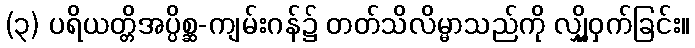
(၃) ပရိယတ္တိအပ္ပိစ္ဆ-ကျမ်းဂန်၌ တတ်သိလိမ္မာသည်ကို လျှို့ဝှက်ခြင်း။